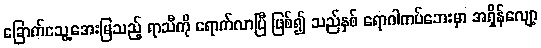
ခြောက်သွေ့အေးမြသည့် ရာသီကို ရောက်လာပြီ ဖြစ်၍ သည်နှစ် ရောဂါကပ်ဘေးမှာ အရှိန်လျော့